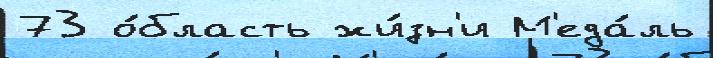
73 о́бласть жи́зн'и М'еда́ль